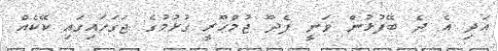
އަދި އެ ދެ ބޭފުޅުން ވަނީ ފެދޫ ޖުމްހޫރީ ގުޅުމުގެ ޖަގަހައިގައި ކޭކެއް